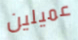
عميلين